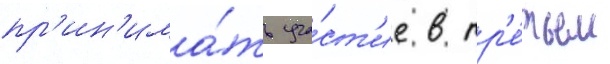
пр'ин'има́ть уча́ст'ие в тр'е́тьем